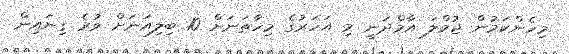
މިހެންކަމުން ޖުމްލަ އާމްދަނީ މި އަހަރުގެ މިހާތަނަށް 10 ބިލިއަނަށް ވުރެ ގިނައިން